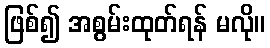
ဖြစ်၍ အစွမ်းထုတ်ရန် မလို။